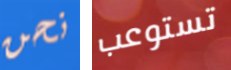
نحن تستوعب